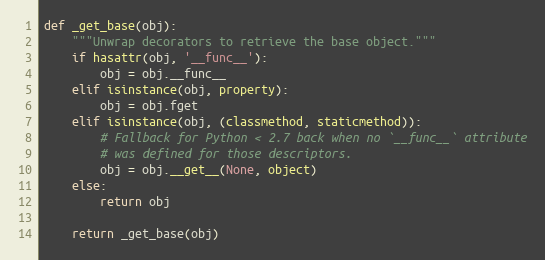
Language: Python
def _get_base(obj):
    """Unwrap decorators to retrieve the base object."""
    if hasattr(obj, '__func__'):
        obj = obj.__func__
    elif isinstance(obj, property):
        obj = obj.fget
    elif isinstance(obj, (classmethod, staticmethod)):
        # Fallback for Python < 2.7 back when no `__func__` attribute
        # was defined for those descriptors.
        obj = obj.__get__(None, object)
    else:
        return obj

    return _get_base(obj)